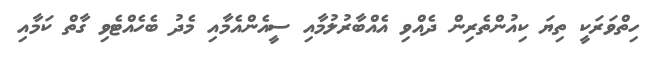
ހިތްވަރަކީ ތިޔަ ކިއުންތެރިން ދެއްވި އެއްބާރުލުމާއި ސީއެންއެމާއި މެދު ބެހެއްޓެވި ގާތް ކަމާއި